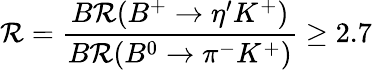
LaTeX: \mathcal{R}={\frac{{B\mathcal{R}(B^{+}\rightarrow\eta^{\prime}K^{+})}}{{B\mathcal{R}(B^{0}\rightarrow\pi^{-}K^{+})}}}\geq2.7